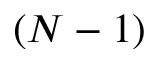
( N - 1 )